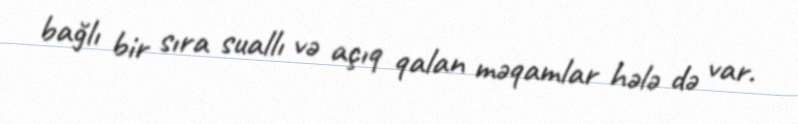
bağlı bir sıra suallı və açıq qalan məqamlar hələ də var.